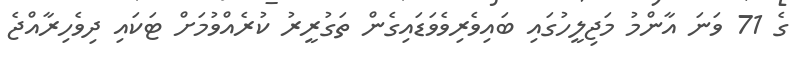
ގެ 71 ވަނަ އާންމު މަޖިލީހުގައި ބައިވެރިވެވަޑައިގެން ތަގުރީރު ކުރެއްވުމަށް ޓަކައި ދިވެހިރާއްޖެ